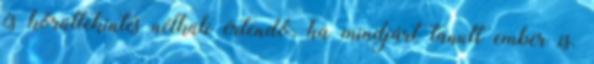
és körültekintés nélküli értendő, ha mindjárt tanult ember is.